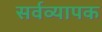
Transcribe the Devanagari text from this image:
सर्वव्‍यापक